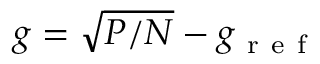
g = \sqrt { P / N } - g _ { \mathrm { ~ r ~ e ~ f ~ } }